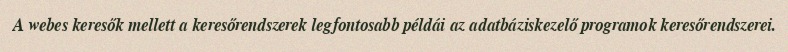
A webes keresők mellett a keresőrendszerek legfontosabb példái az adatbáziskezelő programok keresőrendszerei.